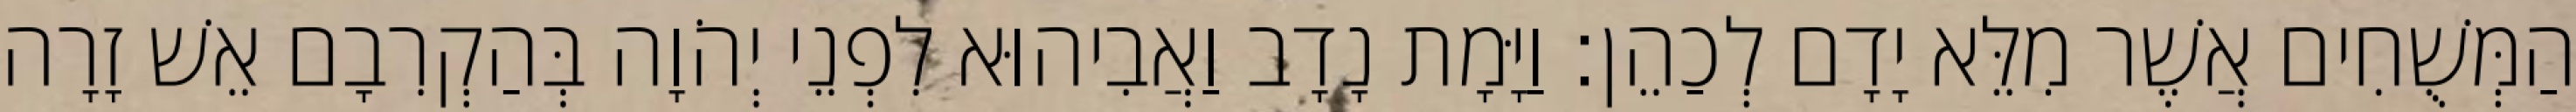
הַמְּשֻׁחִים אֲשֶׁר מִלֵּא יָדָם לְכַהֵן׃ וַיָּמָת נָדָב וַאֲבִיהוּא לִפְנֵי יְהֹוָה בְּהַקְרִבָם אֵשׁ זָרָה